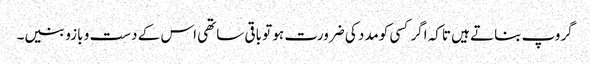
گروپ بناتے ہیں تاکہ اگر کسی کومدد کی ضرورت ہو تو باقی ساتھی اس کے دست و بازو بنیں۔